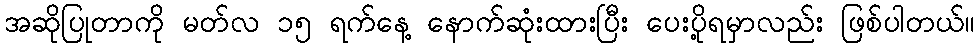
အဆိုပြုတာကို မတ်လ ၁၅ ရက်နေ့ နောက်ဆုံးထားပြီး ပေးပို့ရမှာလည်း ဖြစ်ပါတယ်။